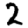
Digit: 2